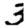
Digit: 3